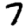
Digit: 7